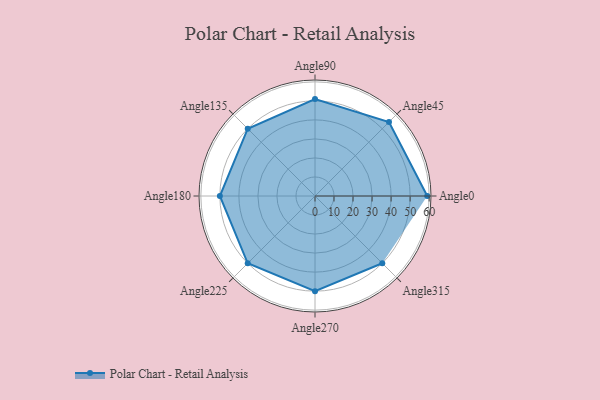
{"axis": {"x": "Angle", "y": "Radius"}, "legend": [""], "data": [{"x": "Angle0", "y": 59.0, "type": ""}, {"x": "Angle45", "y": 55.0, "type": ""}, {"x": "Angle90", "y": 51.0, "type": ""}, {"x": "Angle135", "y": 50, "type": ""}, {"x": "Angle180", "y": 50, "type": ""}, {"x": "Angle225", "y": 50, "type": ""}, {"x": "Angle270", "y": 50, "type": ""}, {"x": "Angle315", "y": 50, "type": ""}]}